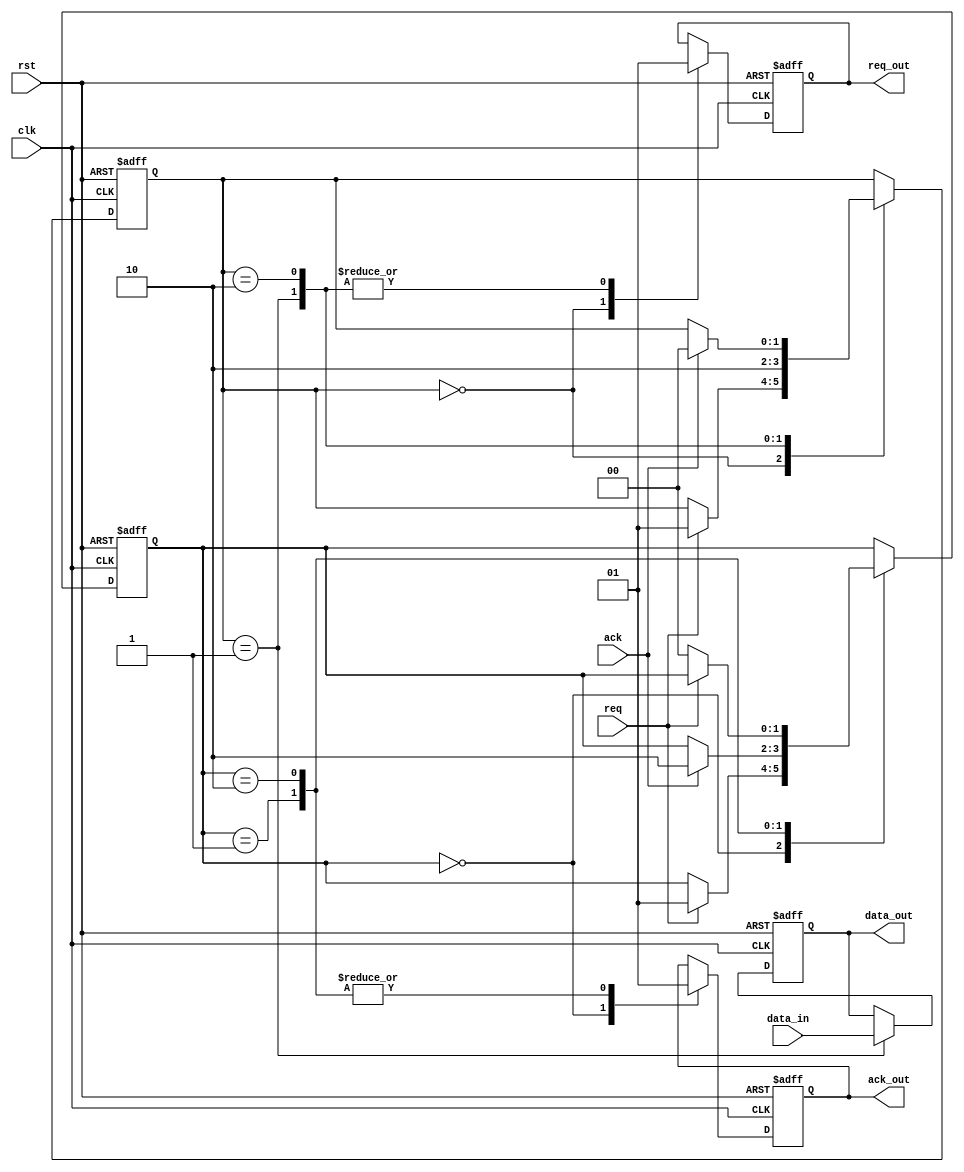
module TwoPhaseHandshake(
    input wire clk,        // Clock signal
    input wire rst,        // Asynchronous reset
    input wire req,        // Request signal from Master
    input wire ack,        // Acknowledge signal from Slave
    input wire [7:0] data_in, // Data input from Master
    output reg [7:0] data_out, // Data output to Slave
    output reg req_out,    // Output signal to Slave
    output reg ack_out     // Acknowledge output from Slave
);

// Master State Definitions
localparam MASTER_IDLE        = 2'b00;
localparam MASTER_SENDING     = 2'b01;
localparam MASTER_WAITING_ACK  = 2'b10;

reg [1:0] master_state, master_next_state;

// Slave State Definitions
localparam SLAVE_IDLE          = 2'b00;
localparam SLAVE_READY_TO_RECEIVE = 2'b01;
localparam SLAVE_ACKNOWLEDGING = 2'b10;

reg [1:0] slave_state, slave_next_state;

// Master FSM
always @(posedge clk or posedge rst) begin
    if (rst) begin
        master_state <= MASTER_IDLE;
        req_out <= 0;
        data_out <= 8'b0;
    end else begin
        master_state <= master_next_state;
        
        // Actions based on the master state
        case (master_state)
            MASTER_IDLE: begin
                req_out <= 0;
            end
            MASTER_SENDING: begin
                req_out <= 1;
                data_out <= data_in; // Update data to be sent
            end
            MASTER_WAITING_ACK: begin
                req_out <= 1;
            end
        endcase
    end
end

// Next state logic for Master
always @(*) begin
    master_next_state = master_state;

    case (master_state)
        MASTER_IDLE: begin
            if (req) begin
                master_next_state = MASTER_SENDING;
            end
        end
        MASTER_SENDING: begin
            master_next_state = MASTER_WAITING_ACK;
        end
        MASTER_WAITING_ACK: begin
            if (ack) begin
                master_next_state = MASTER_IDLE;
            end
        end
    endcase
end

// Slave FSM
always @(posedge clk or posedge rst) begin
    if (rst) begin
        slave_state <= SLAVE_IDLE;
        ack_out <= 0;
    end else begin
        slave_state <= slave_next_state;

        // Actions based on the slave state
        case (slave_state)
            SLAVE_IDLE: begin
                ack_out <= 0;
            end
            SLAVE_READY_TO_RECEIVE: begin
                // Here data_out would already be latched by slave
                ack_out <= 1;
            end
            SLAVE_ACKNOWLEDGING: begin
                ack_out <= 1;
            end
        endcase
    end
end

// Next state logic for Slave
always @(*) begin
    slave_next_state = slave_state;

    case (slave_state)
        SLAVE_IDLE: begin
            if (req) begin
                slave_next_state = SLAVE_READY_TO_RECEIVE;
            end
        end
        SLAVE_READY_TO_RECEIVE: begin
            if (ack) begin
                slave_next_state = SLAVE_ACKNOWLEDGING;
            end
        end
        SLAVE_ACKNOWLEDGING: begin
            if (!req) begin
                slave_next_state = SLAVE_IDLE;
            end
        end
    endcase
end

endmodule